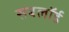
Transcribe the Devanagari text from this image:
सबलॉर्ड